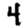
Digit: 4